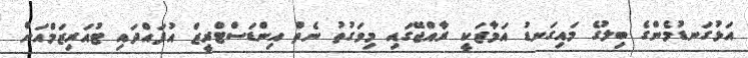
އަޅުގަނޑުމެންގެ ބިލުގެ މައިގަނޑު އަމާޒަކީ ރާއްޖޭގައި މިވަގުތު ނެތް އިންޑަސްޓްރީޒް އުފައްދައި ޓުއަރިޒަމްއަށް